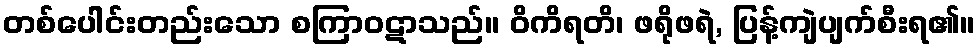
တစ်ပေါင်းတည်းသော စကြာဝဋာသည်။ ဝိကိရတိ၊ ဖရိုဖရဲ, ပြန့်ကျဲပျက်စီးရ၏။